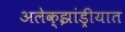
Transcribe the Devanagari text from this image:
अलेक्झांड्रीयात